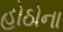
હોઠોના